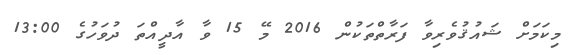
މިކަމަށް ޝައުޤުވެރިވާ ފަރާތްތަކުން 2016 މޭ 15 ވާ އާދީއްތަ ދުވަހުގެ 13:00